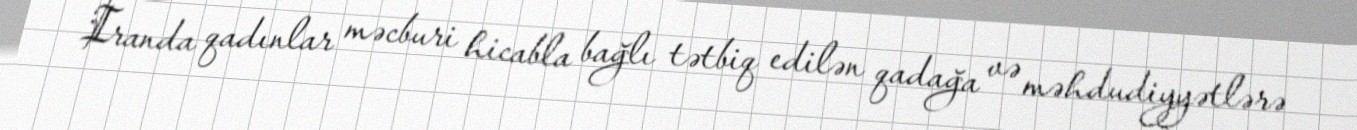
İranda qadınlar məcburi hicabla bağlı tətbiq edilən qadağa və məhdudiyyətlərə